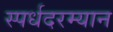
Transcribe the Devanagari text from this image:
स्पर्धदरम्यान